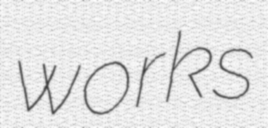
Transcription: works